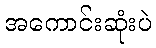
အကောင်းဆုံးပဲ